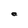
Character: e